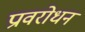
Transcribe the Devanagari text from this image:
प्रावरोधन